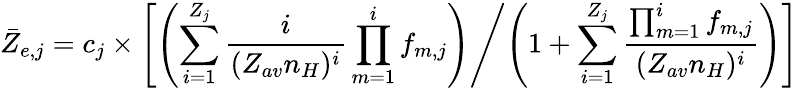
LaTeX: \bar{Z}_{e,j}=c_{j}\times\left[\left(\sum_{i=1}^{Z_{j}}\frac{i}{(Z_{av}n_{H})^{i}}\prod_{m=1}^{i}f_{m,j}\right)\middle/\left(1+\sum_{i=1}^{Z_{j}}\frac{\prod_{m=1}^{i}f_{m,j}}{(Z_{av}n_{H})^{i}}\right)\right]